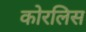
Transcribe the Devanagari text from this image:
कोरलिस